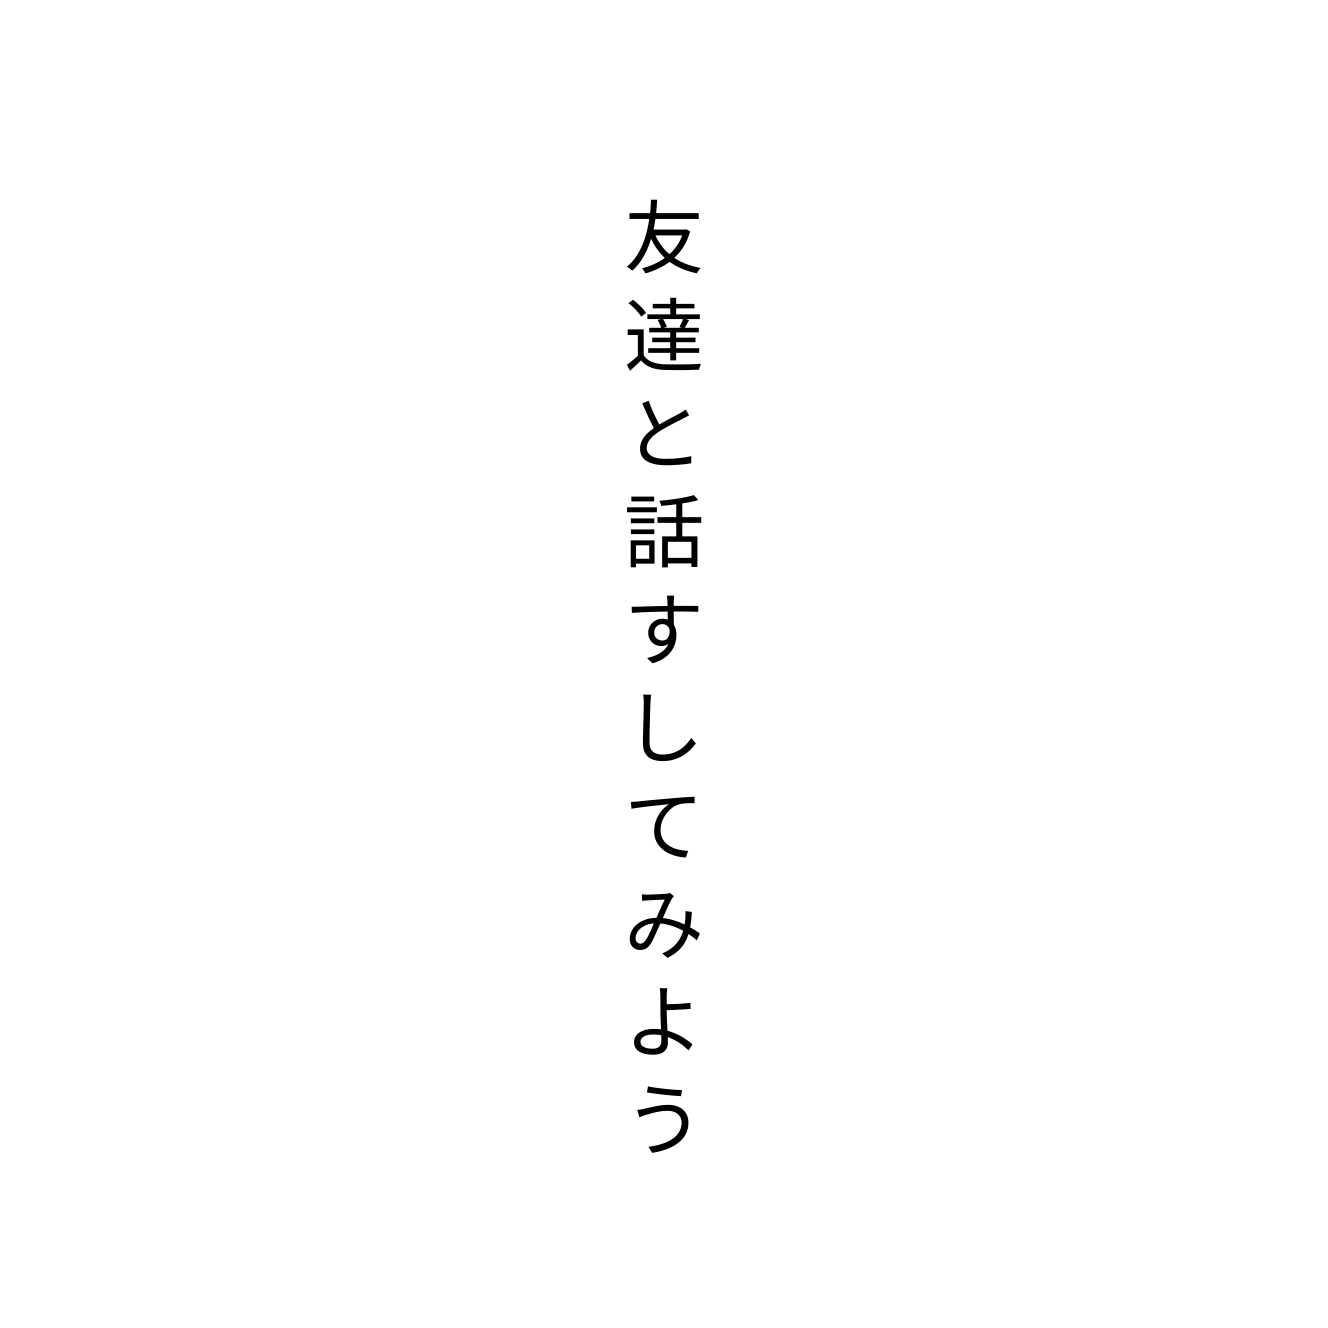
友達と話すしてみよう